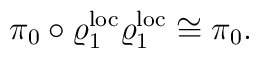
\pi_0 \circ \varrho_1^{\rm loc} \varrho_1^{\rm loc} \cong\pi_0.